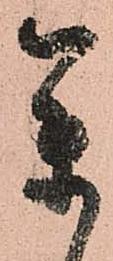
参